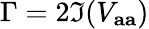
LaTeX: \Gamma=2\Im(V_{\mathbf{aa}})